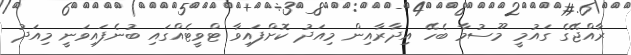
ރާއްޖޭގެ ގައުމީ މޫސުމާ ބެހޭ އިދާރާއިން މިއަދު ކޮށްފައިވާ ޓްވީޓެއްގައި ބުނެފައިވަނީ މިއަދު